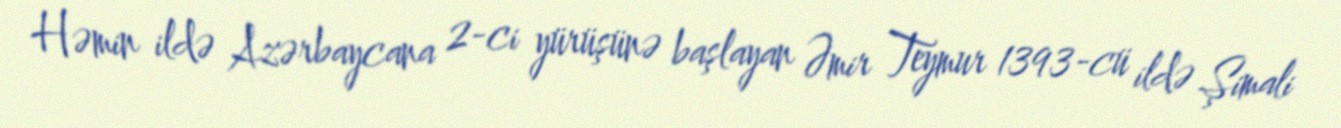
Həmin ildə Azərbaycana 2-ci yürüşünə başlayan Əmir Teymur 1393-cü ildə Şimali